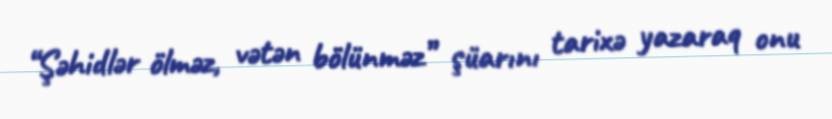
“Şəhidlər ölməz, vətən bölünməz” şüarını tarixə yazaraq onu